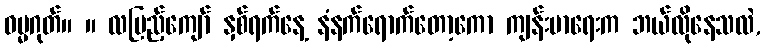
ဓမ္မဂုတ်။ ။ လပြည့်ကျော် နှစ်ရက်နေ့ နံနက်ရောက်တော့ကော ကျန်းမာရေးက ဘယ်လိုနေသလဲ,